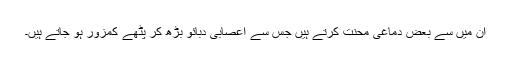
ان میں سے بعض دماغی محنت کرتے ہیں جس سے اعصابی دبائو بڑھ کر پٹھے کمزور ہو جاتے ہیں۔